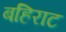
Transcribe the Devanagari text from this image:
बहिराट